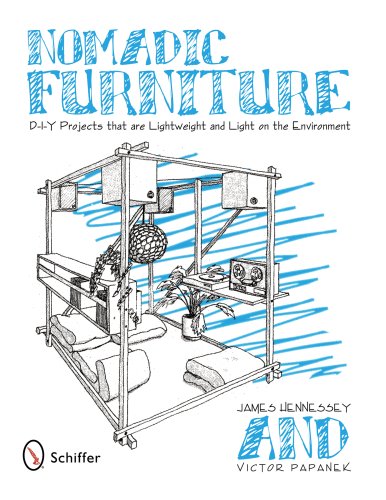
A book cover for Nomadic Furniture: D-I-Y Projects That Are Lightweight & Light on the Environment; James Hennessey; Crafts, Hobbies & Home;